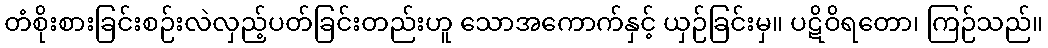
တံစိုးစားခြင်းစဉ်းလဲလှည့်ပတ်ခြင်းတည်းဟူ သောအကောက်နှင့် ယှဉ်ခြင်းမှ။ ပဋိဝိရတော၊ ကြဉ်သည်။